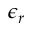
\epsilon _ { r }